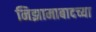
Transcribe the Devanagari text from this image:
निझामाबादच्या